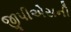
જીપીએસની